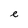
Character: e